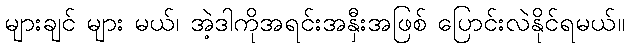
များချင် များ မယ်၊ အဲ့ဒါကိုအရင်းအနှီးအဖြစ် ပြောင်းလဲနိုင်ရမယ်။